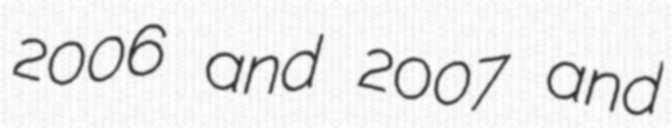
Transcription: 2006 and 2007 and